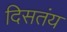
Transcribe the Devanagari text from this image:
दिसतंय